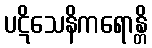
ပဋိသေနိကရောန္တိ